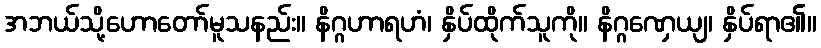
အဘယ်သို့ဟောတော်မူသနည်း။ နိဂ္ဂဟာရဟံ၊ နှိပ်ထိုက်သူကို။ နိဂ္ဂဏှေယျ၊ နှိပ်ရာ၏။